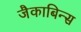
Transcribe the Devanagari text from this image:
जैकाबिन्स